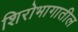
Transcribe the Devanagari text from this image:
शिरोभागातील